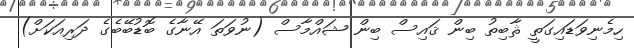
ހިމެނިވަޑައިގަތީ ޘާބިތު ބިން ޤައިސް ބިން ޝައްމާސް (ނުވަތަ އޭނާގެ ބޮޑުބޭބެގެ ދަރިއަކަށް)